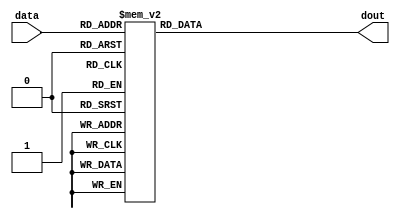
`timescale 1ns / 1ps
//////////////////////////////////////////////////////////////////////////////////
// Company: 
// Engineer: 
// 
// Design Name: 
// Module Name:    sbox 
// Project Name: 
// Target Devices: 
// Tool versions: 
// Description: 
//
// Dependencies: 
//
// Revision: 
// Revision 0.01 - File Created
// Additional Comments: 
//
//////////////////////////////////////////////////////////////////////////////////
module sbox(data,dout);
	 input [3:0] data;
	 output reg [3:0] dout;
	 
	 always@(data)
	 begin
	 
	 
	 case (data)          //substitution table
		 4'b0000				  : dout <= 4'b1001;
		 4'b0001				  : dout <= 4'b0100;
		 4'b0010				  : dout <= 4'b1010;
		 4'b0011				  : dout <= 4'b1011;
		 
		 4'b0100				  : dout <= 4'b1101;
		 4'b0101				  : dout <= 4'b0001;
		 4'b0110				  : dout <= 4'b1000;
		 4'b0111				  : dout <= 4'b0101;
		 
		 4'b1000				  : dout <= 4'b0110;
		 4'b1001				  : dout <= 4'b0010;
		 4'b1010				  : dout <= 4'b0000;
		 4'b1011				  : dout <= 4'b0011;
		 
		 4'b1100				  : dout <= 4'b1100;
		 4'b1101				  : dout <= 4'b1110;
		 4'b1110				  : dout <= 4'b1111;
		 4'b1111				  : dout <= 4'b0111;
       default            : dout <= 4'b0000;
endcase
end

endmodule